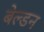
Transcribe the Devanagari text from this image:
बेल्डन